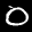
Label: 0